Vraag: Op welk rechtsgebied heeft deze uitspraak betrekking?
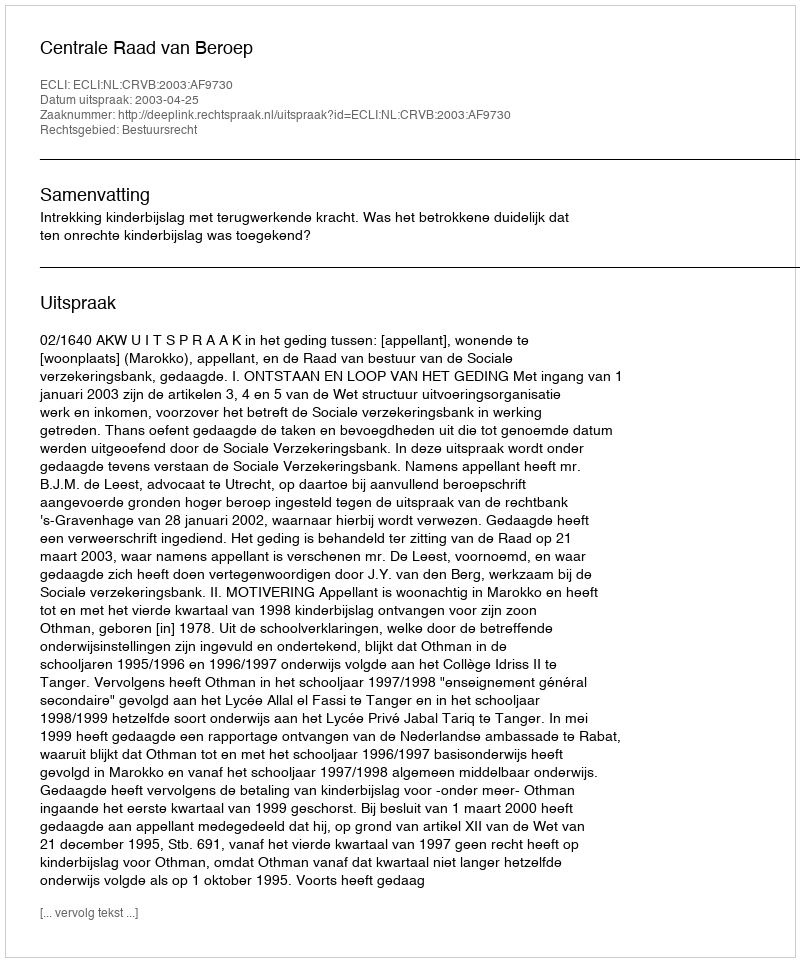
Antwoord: Bestuursrecht